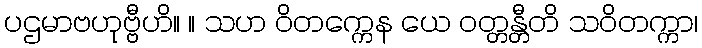
ပဌမာဗဟုဗ္ဗီဟိ။ ။ သဟ ဝိတက္ကေန ယေ ဝတ္တန္တီတိ သဝိတက္ကာ၊